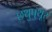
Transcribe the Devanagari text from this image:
छथुपुथूर्